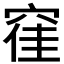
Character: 𮄂